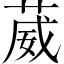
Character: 葳